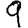
Digit: 9